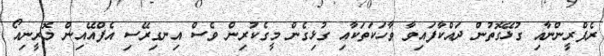
ރެފްރީންނާއި ގުޅޭގޮތުން ދައްކާފައިވާ ވާހަކަތަކާއި ގުޅިގެން މީގެކުރިން ވެސް އިނގިރޭސި އެފްއޭއިން މޮރީނިއޯ